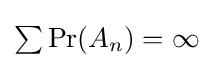
{\textstyle \sum \Pr(A_{n})=\infty }